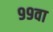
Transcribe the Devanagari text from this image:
९९वा